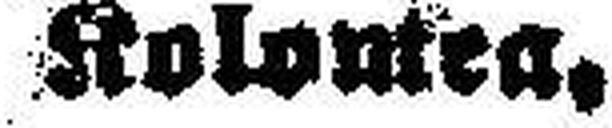
Kolontea.